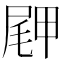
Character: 𪨖